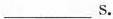
___ s.